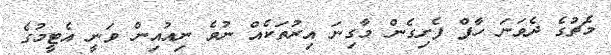
މެޗުގެ ދެވަނަ ހާފް ފެށިގެން މާގިނަ އިރުތަކެއް ނުވެ ނިއުއިން ވަނީ އެޓީމުގެ